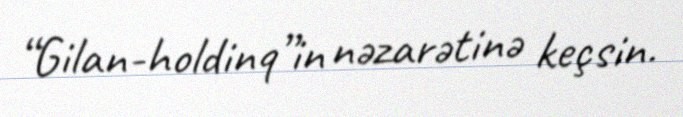
“Gilan-holdinq”in nəzarətinə keçsin.